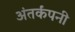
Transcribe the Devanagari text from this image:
अंतर्कंपनी